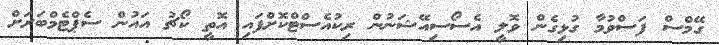
ގޭމްސް ފަސްވުމާ ގުޅިގެން ވޮލީ އެސޯސިއޭޝަނުން ރިކުއެސްޓްކޮށްފައި އޮތީ ކޯޗު އައުން ސެޕްޓެމްބަރަށް